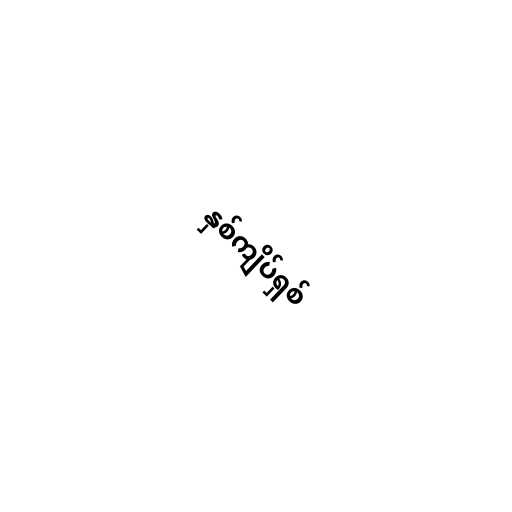
နှစ်ကျိပ်ရှစ်